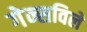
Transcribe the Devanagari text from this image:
गेन्सविले